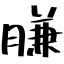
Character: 膁